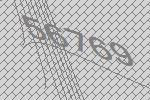
56769